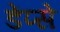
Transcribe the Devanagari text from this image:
डेंप्से